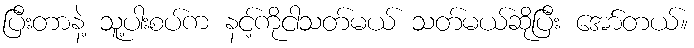
ပြီးတာနဲ့ သူ့ပါးစပ်က နင့်ကိုငါသတ်မယ် သတ်မယ်ဆိုပြီး အော်တယ်။